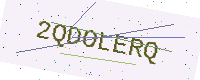
Text: 2QDOLERQ